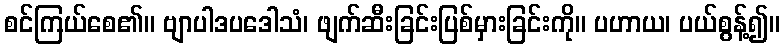
စင်ကြယ်စေ၏။ ဗျာပါဒပဒေါသံ၊ ဖျက်ဆီးခြင်းပြစ်မှားခြင်းကို။ ပဟာယ၊ ပယ်စွန့်၍။